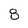
Character: 8